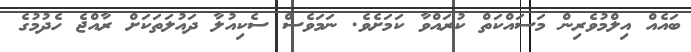
ބައެއް އިލްމުވެރިން މަސައްކަތް ކުރައްވާ ކަމަށެވެ. ނަމަވެސް ސެކިއުލާ ދައުލަތަކަށް ރާއްޖެ ހެދުުމުގެ